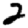
Digit: 2